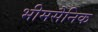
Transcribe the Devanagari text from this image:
भीमसैनिक